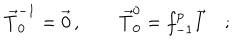
\vec { T } _ { 0 } ^ { - 1 } = \vec { 0 } \, , \qquad \vec { T } _ { 0 } ^ { 0 } = f _ { - 1 } ^ { p } \vec { I } \quad ;